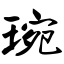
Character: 琬